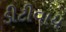
ડીટીવાય